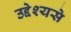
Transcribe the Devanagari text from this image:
उद्देश्‍यसे